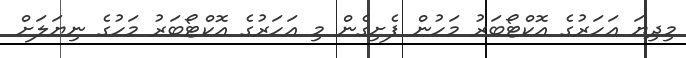
މިދިޔަ އަހަރުގެ އޮކްޓޯބަރު މަހުން ފެށިގެން މި އަހަރުގެ އޮކްޓޯބަރު މަހުގެ ނިޔަލަށް